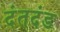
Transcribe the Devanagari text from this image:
दंतदंड